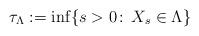
LaTeX: \begin{align*}\tau_{\Lambda} := \inf \{s > 0 \colon\, X_s \in \Lambda\}\end{align*}